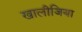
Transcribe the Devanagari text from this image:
खालीजिया